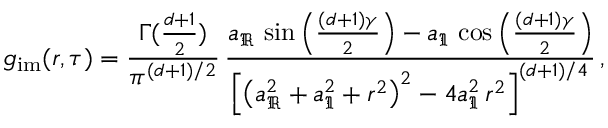
g _ { \mathrm { i m } } ( r , \tau ) = \frac { \Gamma ( \frac { d + 1 } { 2 } ) } { \pi ^ { ( d + 1 ) / 2 } } \, \frac { a _ { \Re } \, \sin \left( \frac { ( d + 1 ) \gamma } { 2 } \right) - a _ { \Im } \, \cos \left( \frac { ( d + 1 ) \gamma } { 2 } \right) } { \left[ \left( a _ { \Re } ^ { 2 } + a _ { \Im } ^ { 2 } + r ^ { 2 } \right) ^ { 2 } - 4 a _ { \Im } ^ { 2 } \, r ^ { 2 } \right] ^ { ( d + 1 ) / 4 } } \, ,